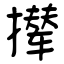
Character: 撵